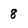
Character: 8